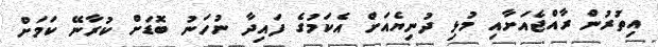
އިތުރުން ރާއްޖެއަށާއި މުޅި ދުނިޔެއަށް އެކަމުގެ ފައިދާ ނުހަނު ބޮޑަށް ކުރާނޭ ކަމަށް